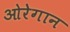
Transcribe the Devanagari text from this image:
ओरेगान